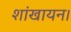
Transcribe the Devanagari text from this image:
शांखायन।